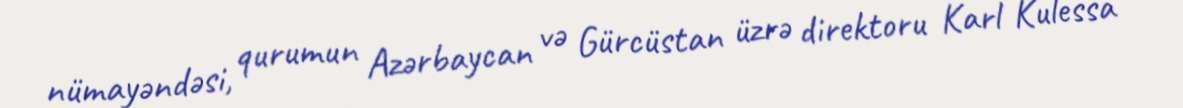
nümayəndəsi, qurumun Azərbaycan və Gürcüstan üzrə direktoru Karl Kulessa